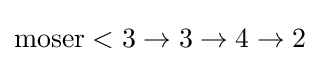
\mathrm {moser} <3\rightarrow 3\rightarrow 4\rightarrow 2